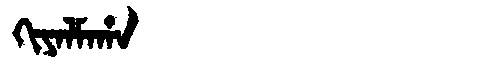
Manchu: ᡴᡳᠶᠠᠯᠮᠠᡥᠠ
Romanization: KIYALMAHA